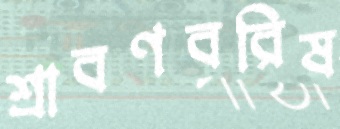
শ্রাবণবরিষ